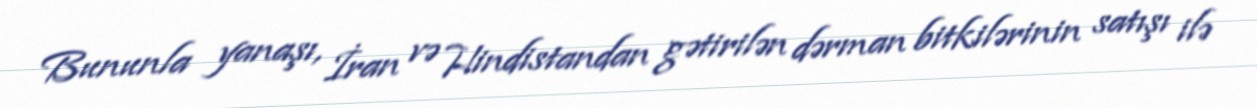
Bununla yanaşı, İran və Hindistandan gətirilən dərman bitkilərinin satışı ilə